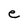
Character: e